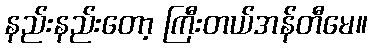
နည်းနည်းတော့ ကြီးတယ်အန်တီမေ။